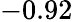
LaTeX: -0.92